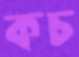
কচ